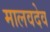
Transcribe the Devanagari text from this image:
मालवदेव